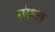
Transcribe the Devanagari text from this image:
ग़ोश्त